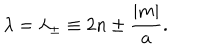
LaTeX: \lambda = \lambda _ { \pm } \equiv 2 n \pm { \frac { | m | } { a } } .